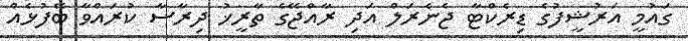
ގައުމީ އަރުޝީފުގެ ޑިރެކްޓާ ޖެނެރަލް އަދި ރާއްޖޭގެ ތާރީޚު ދިރާސާ ކުރައްވާ ބޭފުޅެއް